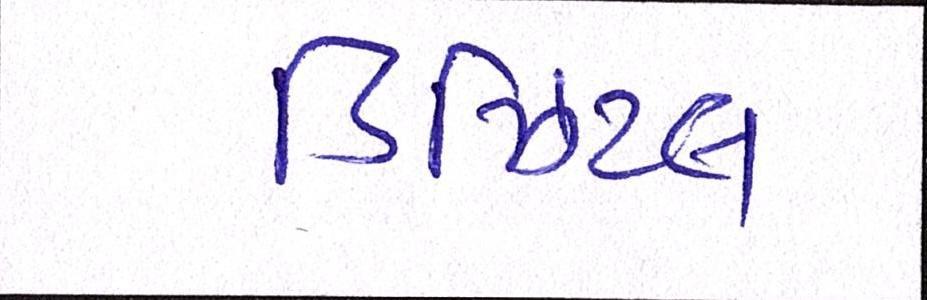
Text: ડિઝિટલ